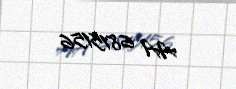
AA 6815156